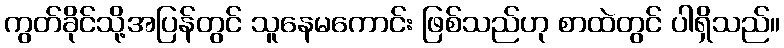
ကွတ်ခိုင်သို့အပြန်တွင် သူနေမကောင်း ဖြစ်သည်ဟု စာထဲတွင် ပါရှိသည်။